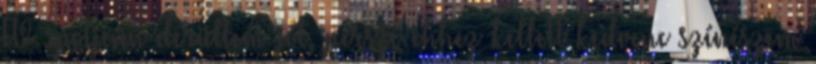
TV spotjain derültem jót, persze ehhez kellett kedvenc színészem